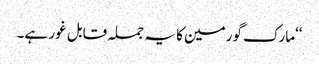
‘‘مارک گورمین کا یہ جملہ قابل غور ہے۔